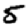
Digit: 5